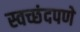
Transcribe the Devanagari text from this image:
स्वच्छंदपणे